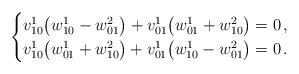
LaTeX: \begin{align*} \begin{cases}v^1_{10}\big( w^1_{10}-w^2_{01}\big)+v^1_{01}\big(w^1_{01}+w^2_{10}\big)=0\,,\\v^1_{10}\big(w^1_{01}+w^2_{10}\big)+v^1_{01}\big(w^1_{10}-w^2_{01}\big)=0\,.\end{cases}\end{align*}